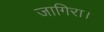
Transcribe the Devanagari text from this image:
जागिरा।